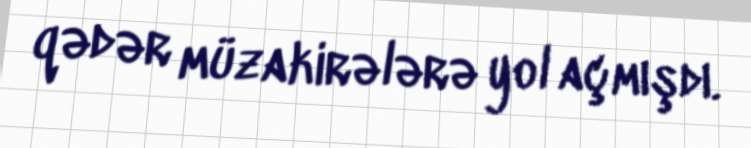
qədər müzakirələrə yol açmışdı.